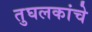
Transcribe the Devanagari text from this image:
तुघलकांचे